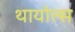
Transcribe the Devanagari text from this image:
थायोल्स